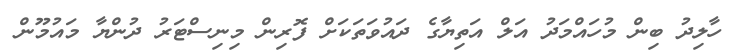
ހާލިދު ބިން މުހައްމަދު އަލް އަތިޔާގެ ދައުވަތަކަށް ފޮރިން މިނިސްޓަރު ދުންޔާ މައުމޫން